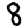
Digit: 8